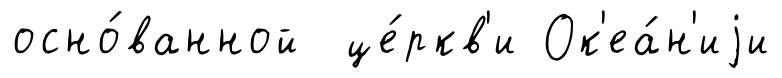
осно́ванной це́ркв'и Ок'еа́н'иjи